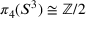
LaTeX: \pi _ { 4 } ( S ^ { 3 } ) \cong \mathbb { Z } / 2